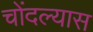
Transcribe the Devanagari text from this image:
चोंदल्यास